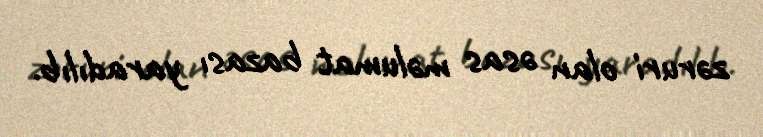
zəruri olan əsas məlumat bazası yaradılıb.